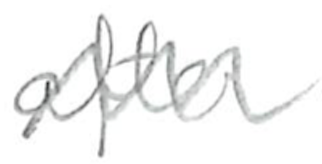
Text: after
Cross-out: zig-zag
Writing tool: pencil